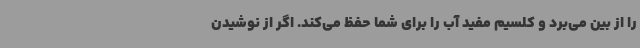
را از بین می‌برد و کلسیم مفید آب را برای شما حفظ می‌کند. اگر از نوشیدن